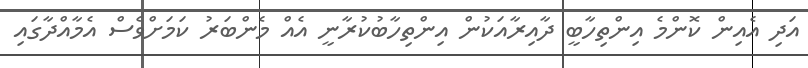
އަދި އެއިން ކޮންމެ އިންތިހާބީ ދާއިރާއަކުން އިންތިހާބުކުރާނީ އެއް މެންބަރު ކަމަށްވެސް އެމާއްދާގައި